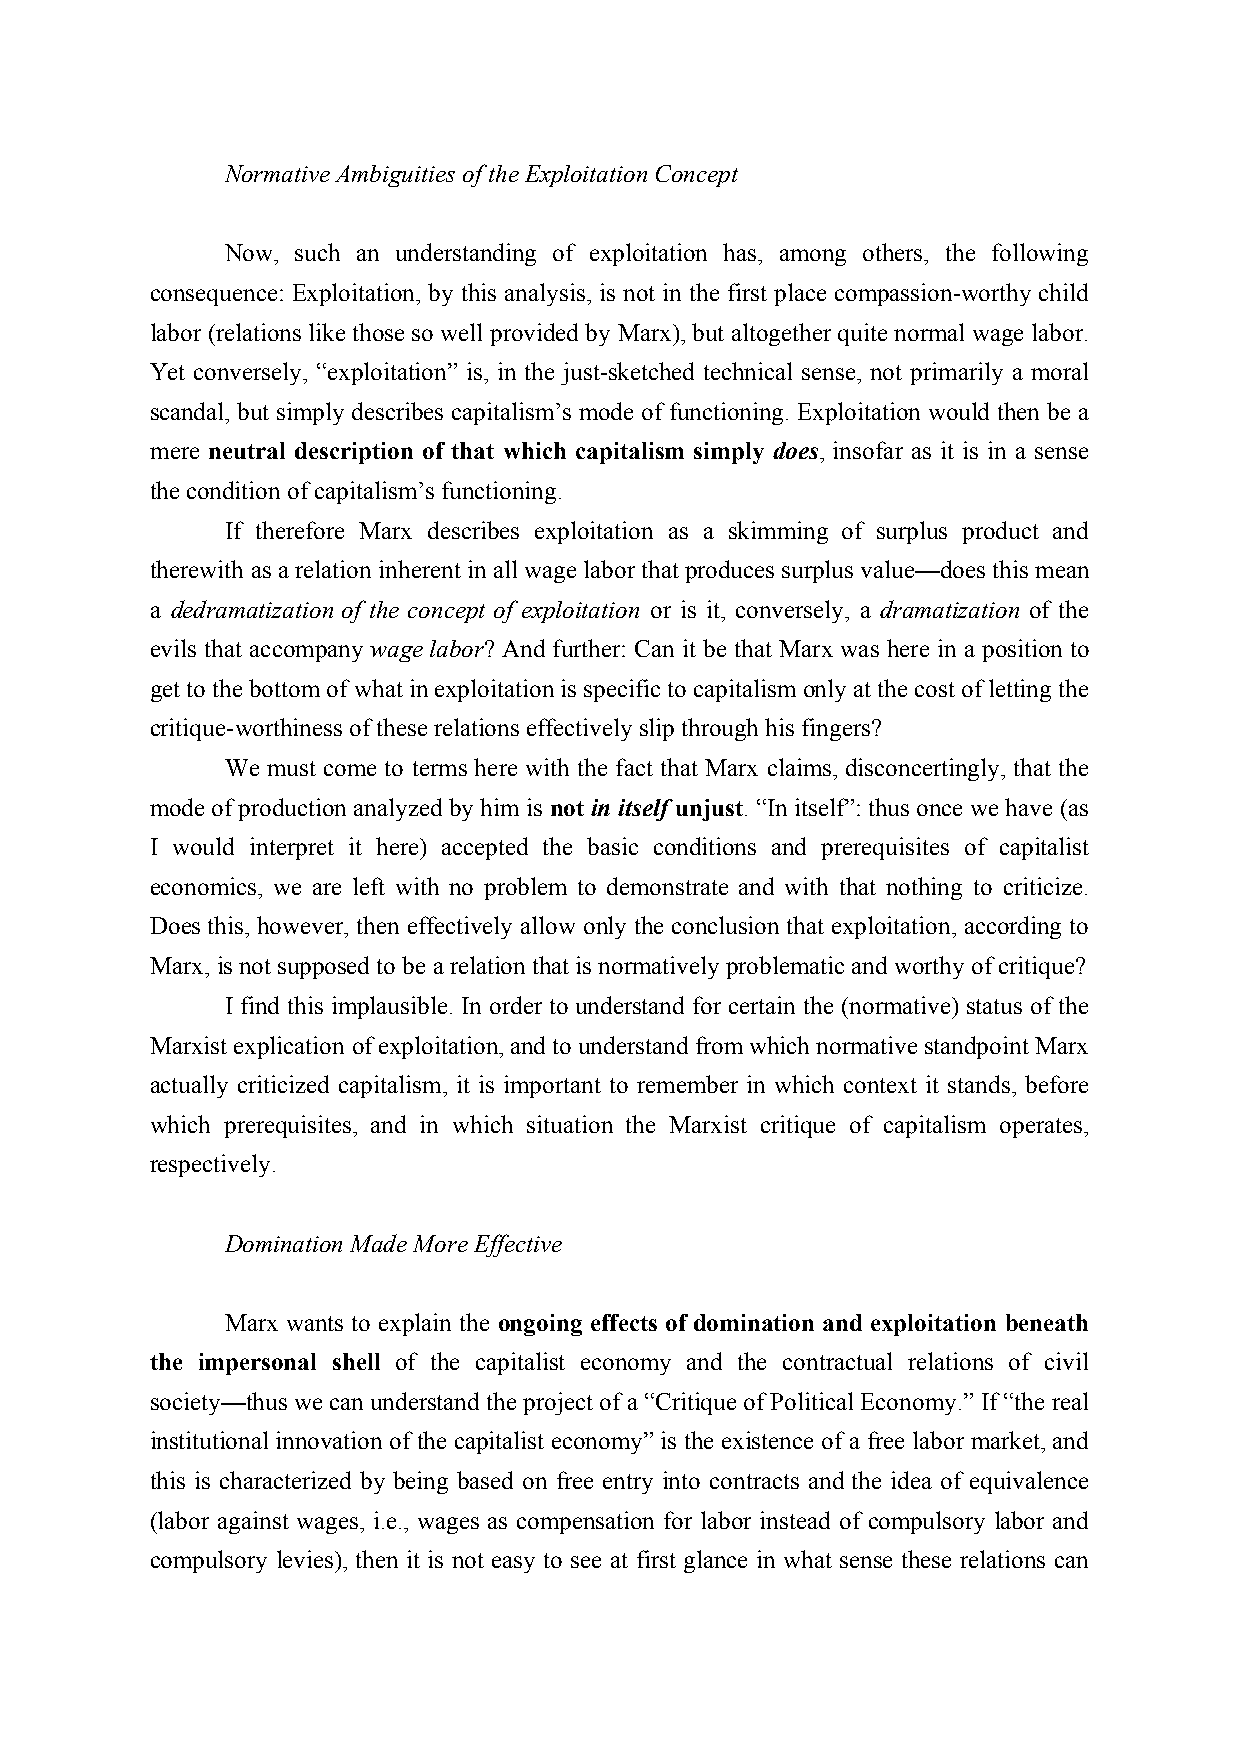
Normative Ambiguities of the Exploitation Concept
 Now, such an understanding of exploitation has, among others, the following
 consequence: Exploitation, by this analysis, is not in the first place compassion-worthy child
 labor (relations like those so well provided by Marx), but altogether quite normal wage labor.
 Yet conversely, “exploitation” is, in the just-sketched technical sense, not primarily a moral
 scandal, but simply describes capitalism’s mode of functioning. Exploitation would then be a
 mere neutral description of that which capitalism simply does, insofar as it is in a sense
 the condition of capitalism’s functioning.
 If therefore Marx describes exploitation as a skimming of surplus product and
 therewith as a relation inherent in all wage labor that produces surplus value—does this mean
 a dedramatization of the concept of exploitation or is it, conversely, a dramatization of the
 evils that accompany wage labor? And further: Can it be that Marx was here in a position to
 get to the bottom of what in exploitation is specific to capitalism only at the cost of letting the
 critique-worthiness of these relations effectively slip through his fingers?
 We must come to terms here with the fact that Marx claims, disconcertingly, that the
 mode of production analyzed by him is not in itself unjust. “In itself”: thus once we have (as
 I would interpret it here) accepted the basic conditions and prerequisites of capitalist
 economics, we are left with no problem to demonstrate and with that nothing to criticize.
 Does this, however, then effectively allow only the conclusion that exploitation, according to
 Marx, is not supposed to be a relation that is normatively problematic and worthy of critique?
 I find this implausible. In order to understand for certain the (normative) status of the
 Marxist explication of exploitation, and to understand from which normative standpoint Marx
 actually criticized capitalism, it is important to remember in which context it stands, before
 which prerequisites, and in which situation the Marxist critique of capitalism operates,
 respectively.
 Domination Made More Effective
 Marx wants to explain the ongoing effects of domination and exploitation beneath
 the impersonal shell of the capitalist economy and the contractual relations of civil
 society—thus we can understand the project of a “Critique of Political Economy.” If “the real
 institutional innovation of the capitalist economy” is the existence of a free labor market, and
 this is characterized by being based on free entry into contracts and the idea of equivalence
 (labor against wages, i.e., wages as compensation for labor instead of compulsory labor and
 compulsory levies), then it is not easy to see at first glance in what sense these relations can